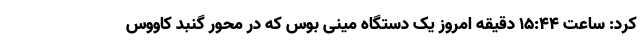
کرد: ساعت ۱۵:۴۴ دقیقه امروز یک دستگاه مینی بوس که در محور گنبد کاووس